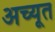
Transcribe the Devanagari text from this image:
अच्यूत